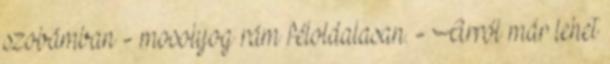
szobámban - mosolyog rám féloldalasan. - Arról már lehet